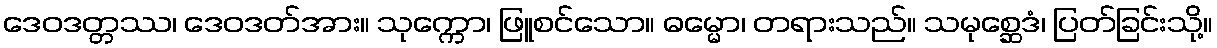
ဒေဝဒတ္တဿ၊ ဒေဝဒတ်အား။ သုက္ကော၊ ဖြူစင်သော။ ဓမ္မော၊ တရားသည်။ သမုစ္ဆေဒံ၊ ပြတ်ခြင်းသို့။